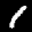
Label: 1